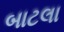
બાટલા